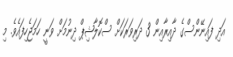
އަދި ފައިނޭންސްގެ ދާއިރާއިން 3 ދަރިވަރަކަށް ސްކޮލާޝިޕް ދިނުމަށް ވަނީ ހަމަޖެހިފައެވެ. މި